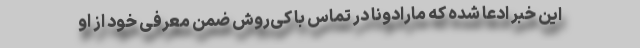
این خبر ادعا شده که مارادونا در تماس با کی‌روش ضمن معرفی خود از او